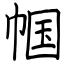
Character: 帼